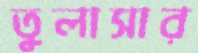
তুলাসার